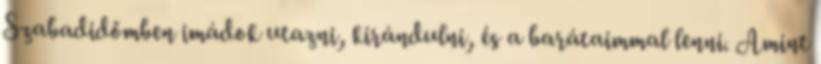
Szabadidőmben imádok utazni, kirándulni, és a barátaimmal lenni. Amint